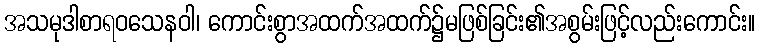
အသမုဒါစာရဝသေနဝါ၊ ကောင်းစွာအထက်အထက်၌မဖြစ်ခြင်း၏အစွမ်းဖြင့်လည်းကောင်း။